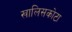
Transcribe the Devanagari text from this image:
खालिसकोटा